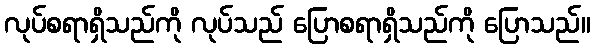
လုပ်စရာရှိသည်ကို လုပ်သည် ပြောစရာရှိသည်ကို ပြောသည်။